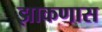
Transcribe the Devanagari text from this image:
झाकणास